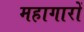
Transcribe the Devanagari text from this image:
महागारों